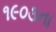
૧૯૦૩ના